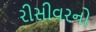
રીસીવરનો